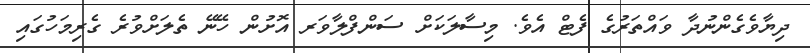
ދިޔާވެގެންނުދާ ވައްތަރުގެ ފެޓް އެވެ. މިސާލަކަށް ސަންފްލާވަރ އޮށުން ހޭނޭ ތެލަށްވުރެ ގެރިމަހުގައި